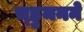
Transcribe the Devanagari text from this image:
च्हुमनने